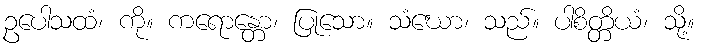
ဥပေါသထံ၊ ကို။ ကရောန္တော၊ ပြုသော။ သံဃော၊ သည်။ ပါစိတ္တိယံ၊ သို့။